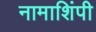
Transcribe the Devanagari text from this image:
नामाशिंपी